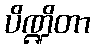
ပိဏ္ဍိတာ